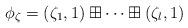
LaTeX: \begin{align*}\phi_\zeta=(\zeta_1,1)\boxplus\cdots\boxplus(\zeta_l,1)\end{align*}